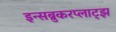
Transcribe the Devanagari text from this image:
इन्सब्रुकरप्लाट्झ